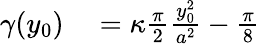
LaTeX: \begin{array}{rl}{\gamma(y_{0})}&{{}=\kappa\frac{\pi}{2}\frac{y_{0}^{2}}{a^{2}}-\frac{\pi}{8}}\end{array}